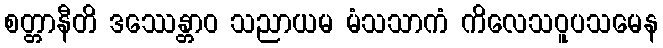
စတ္တာနီတိ ဒဿေန္တာဝ သညာယမ မံသသာကံ ကိလေသဝူပသမေန